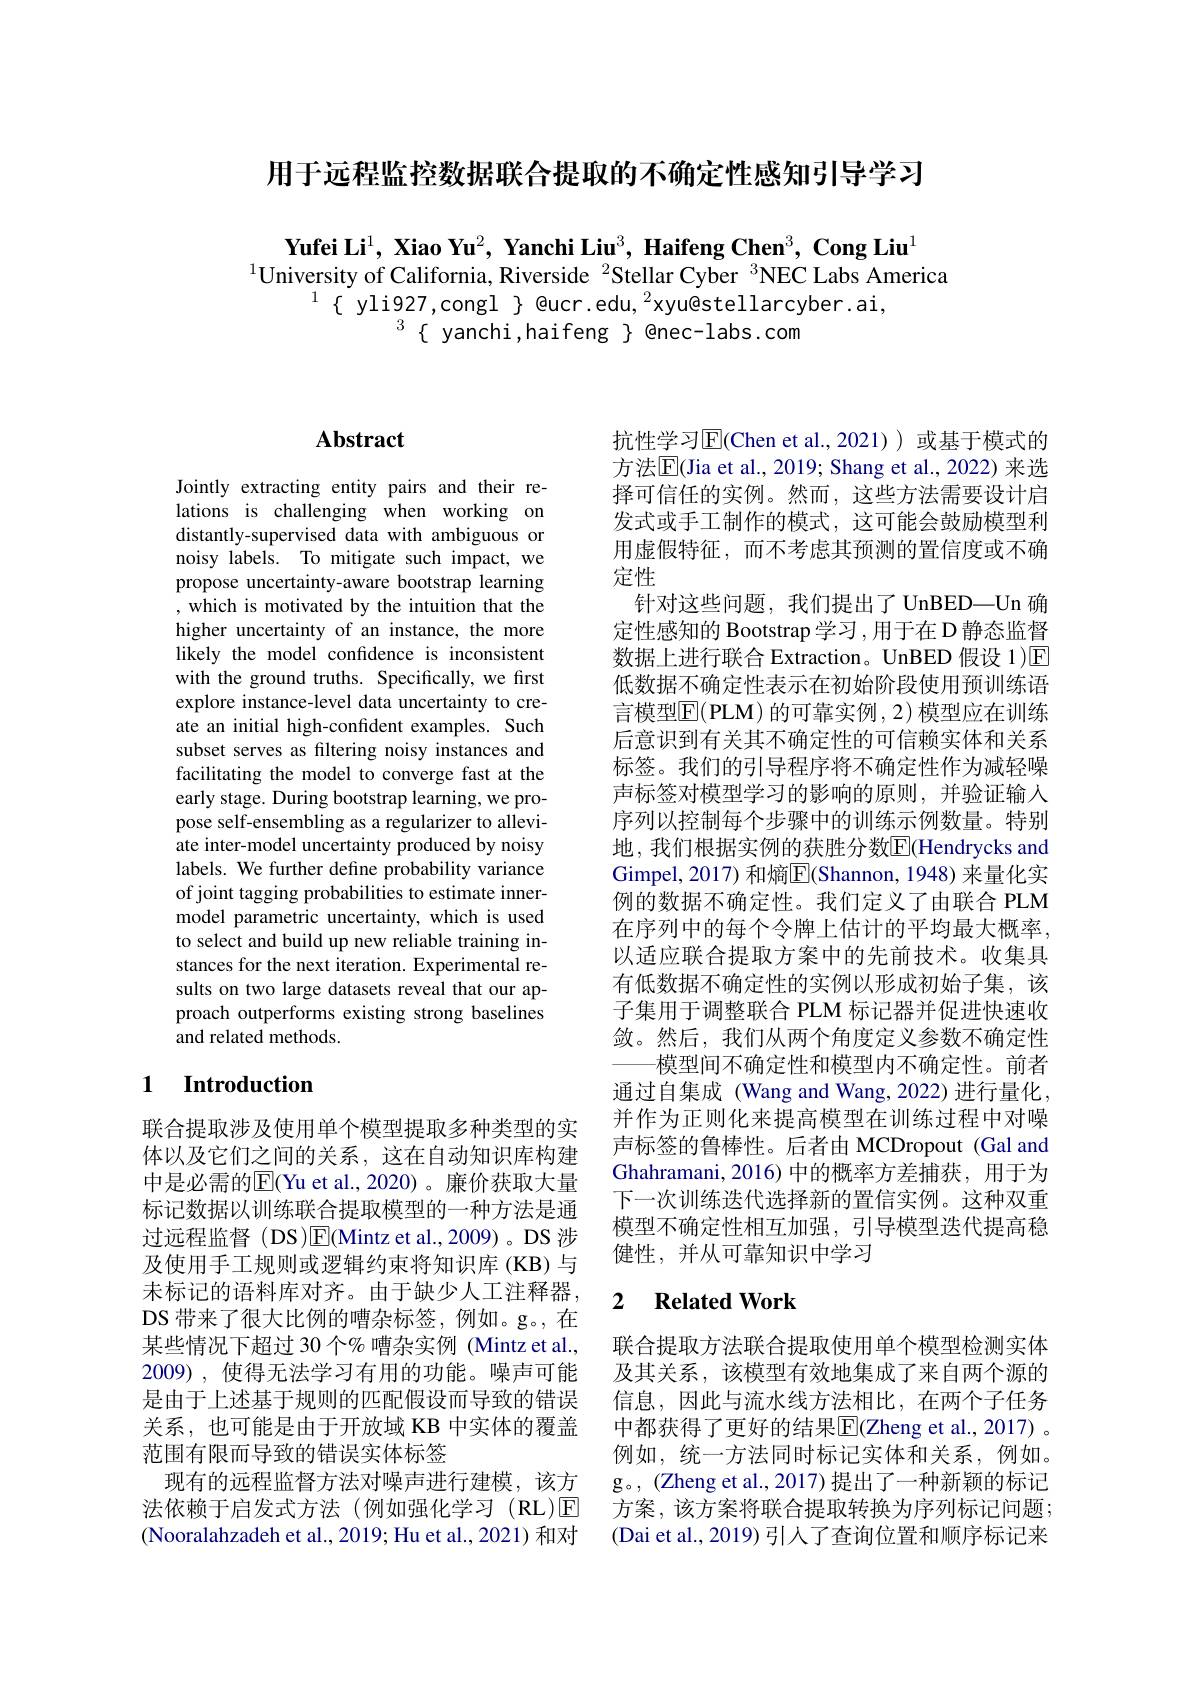
用于远程监控数据联合提取的不确定性感知引导学习

$\textbf{Yufei Li}^1,\textbf{ Xiao Yu}^2,\textbf{ Yanchi Liu}^3,\textbf{ Haifeng Chen}^3,\textbf{ Cong Liu}^1$
$^{1}$University of California, Riverside $^{2}$Stellar Cyber $^{3}$NEC Labs America
$^{1}\{$ yli927,congl $\}$ @ucr.edu,$^2$xyu@stellarcyber.ai,
$^{3}\{$ yanchi,haifeng $\}$ enec-labs.com

## Abstract

Jointly extracting entity pairs and their relations is challenging when working on distantly-supervised data with ambiguous or noisy labels. To mitigate such impact, we propose uncertainty-aware bootstrap learning , which is motivated by the intuition that the higher uncertainty of an instance, the more likely the model confidence is inconsistent with the ground truths. Specifically, we first explore instance-level data uncertainty to create an initial high-confdent examples. Such subset serves as filtering noisy instances and facilitating the model to converge fast at the early stage. During bootstrap learning, we propose self-ensembling as a regularizer to alleviate inter-model uncertainty produced by noisy labels. We further define probability variance of joint tagging probabilities to estimate innermodel parametric uncertainty, which is used to select and build up new reliable training instances for the next iteration. Experimental results on two large datasets reveal that our approach outperforms existing strong baselines and related methods.

## 1 Introduction

联合提取涉及使用单个模型提取多种类型的实体以及它们之间的关系，这在自动知识库构建中是必需的$\overline{\mathrm{E}}($Yu et al.,2020)。廉价获取大量标记数据以训练联合提取模型的一种方法是通过远程监督 (DS)[E](Mintz et al.,2009)。DS 涉及使用手工规则或逻辑约束将知识库(KB)与未标记的语料库对齐。由于缺少人工注释器， DS 带来了很大比例的嘈杂标签，例如。g。在某些情况下超过 30 个% 嘈杂实例 (Mintz et al., 2009),使得无法学习有用的功能。噪声可能是由于上述基于规则的匹配假设而导致的错误关系，也可能是由于开放域 KB 中实体的覆盖范围有限而导致的错误实体标签
现有的远程监督方法对噪声进行建模，该方法依赖于启发式方法(例如强化学习(RL)E (Nooralahzadeh et al., 2019; Hu et al., 2021) 和对

抗性学习$\overline{\mathrm{E}}($Chen et al.,2021))或基于模式的方法$\overline{\mathrm{E}}($Jia et al., 2019; Shang et al., 2022) 来选择可信任的实例。然而，这些方法需要设计启发式或手工制作的模式，这可能会鼓励模型利用虚假特征，而不考虑其预测的置信度或不确定性
针对这些问题，我们提出了 UnBED—Un 确定性感知的 Bootstrap 学习 ,用于在 D 静态监督数据上进行联合 Extraction。UnBED 假设 1)区低数据不确定性表示在初始阶段使用预训练语言模型$\overline{\mathrm{E}}($PLM) 的可靠实例，2) 模型应在训练后意识到有关其不确定性的可信赖实体和关系标签。我们的引导程序将不确定性作为减轻噪声标签对模型学习的影响的原则，并验证输入序列以控制每个步骤中的训练示例数量。特别地，我们根据实例的获胜分数$\overline{\mathrm{E}}($Hendrycks and Gimpel, 2017) 和熵$\overline{\mathrm{E}}$(Shannon, 1948) 来量化实例的数据不确定性。我们定义了由联合 PLM 在序列中的每个令牌上估计的平均最大概率， 以适应联合提取方案中的先前技术。收集具有低数据不确定性的实例以形成初始子集，该子集用于调整联合 PLM 标记器并促进快速收敛。然后，我们从两个角度定义参数不确定性
-模型间不确定性和模型内不确定性。前者通过自集成 (Wang and Wang, 2022) 进行量化， 并作为正则化来提高模型在训练过程中对噪声标签的鲁棒性。后者由 MCDropout (Gal and Ghahramani, 2016) 中的概率方差捕获，用于为下一次训练迭代选择新的置信实例。这种双重模型不确定性相互加强，引导模型迭代提高稳健性，并从可靠知识中学习

### 2 $\textbf{Related Work}$

联合提取方法联合提取使用单个模型检测实体及其关系，该模型有效地集成了来自两个源的信息，因此与流水线方法相比，在两个子任务中都获得了更好的结果$\overline{\mathrm{E}}($Zheng et al., 2017) 。例如，统一方法同时标记实体和关系，例如。g。, (Zheng et al., 2017) 提出了一种新颖的标记方案，该方案将联合提取转换为序列标记问题； (Dai et al., 2019) 引人了查询位置和顺序标记来